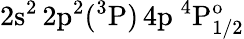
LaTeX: \mathrm{2s^{2}\, 2p^{2}(^{3}P)\, 4p~^{4}P_{1/2}^{o}}